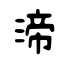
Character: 渧